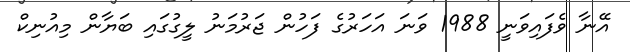
އޭނާ ވެފައިވަނީ 1988 ވަނަ އަހަރުގެ ފަހުން ޖަރުމަނު ލީގުގައި ބަޔާން މިއުނިކް